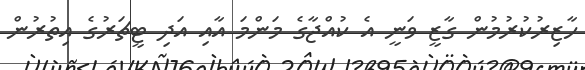
ހާޒިރުކުރުމުން ގާޒީ ވަނީ އެ ކުއްޖާގެ މަންމަ އާއި އަދި ޓީޗަރުގެ އިތުރުން